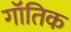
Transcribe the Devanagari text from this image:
गॉतिक